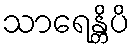
သာရေန္တိပိ